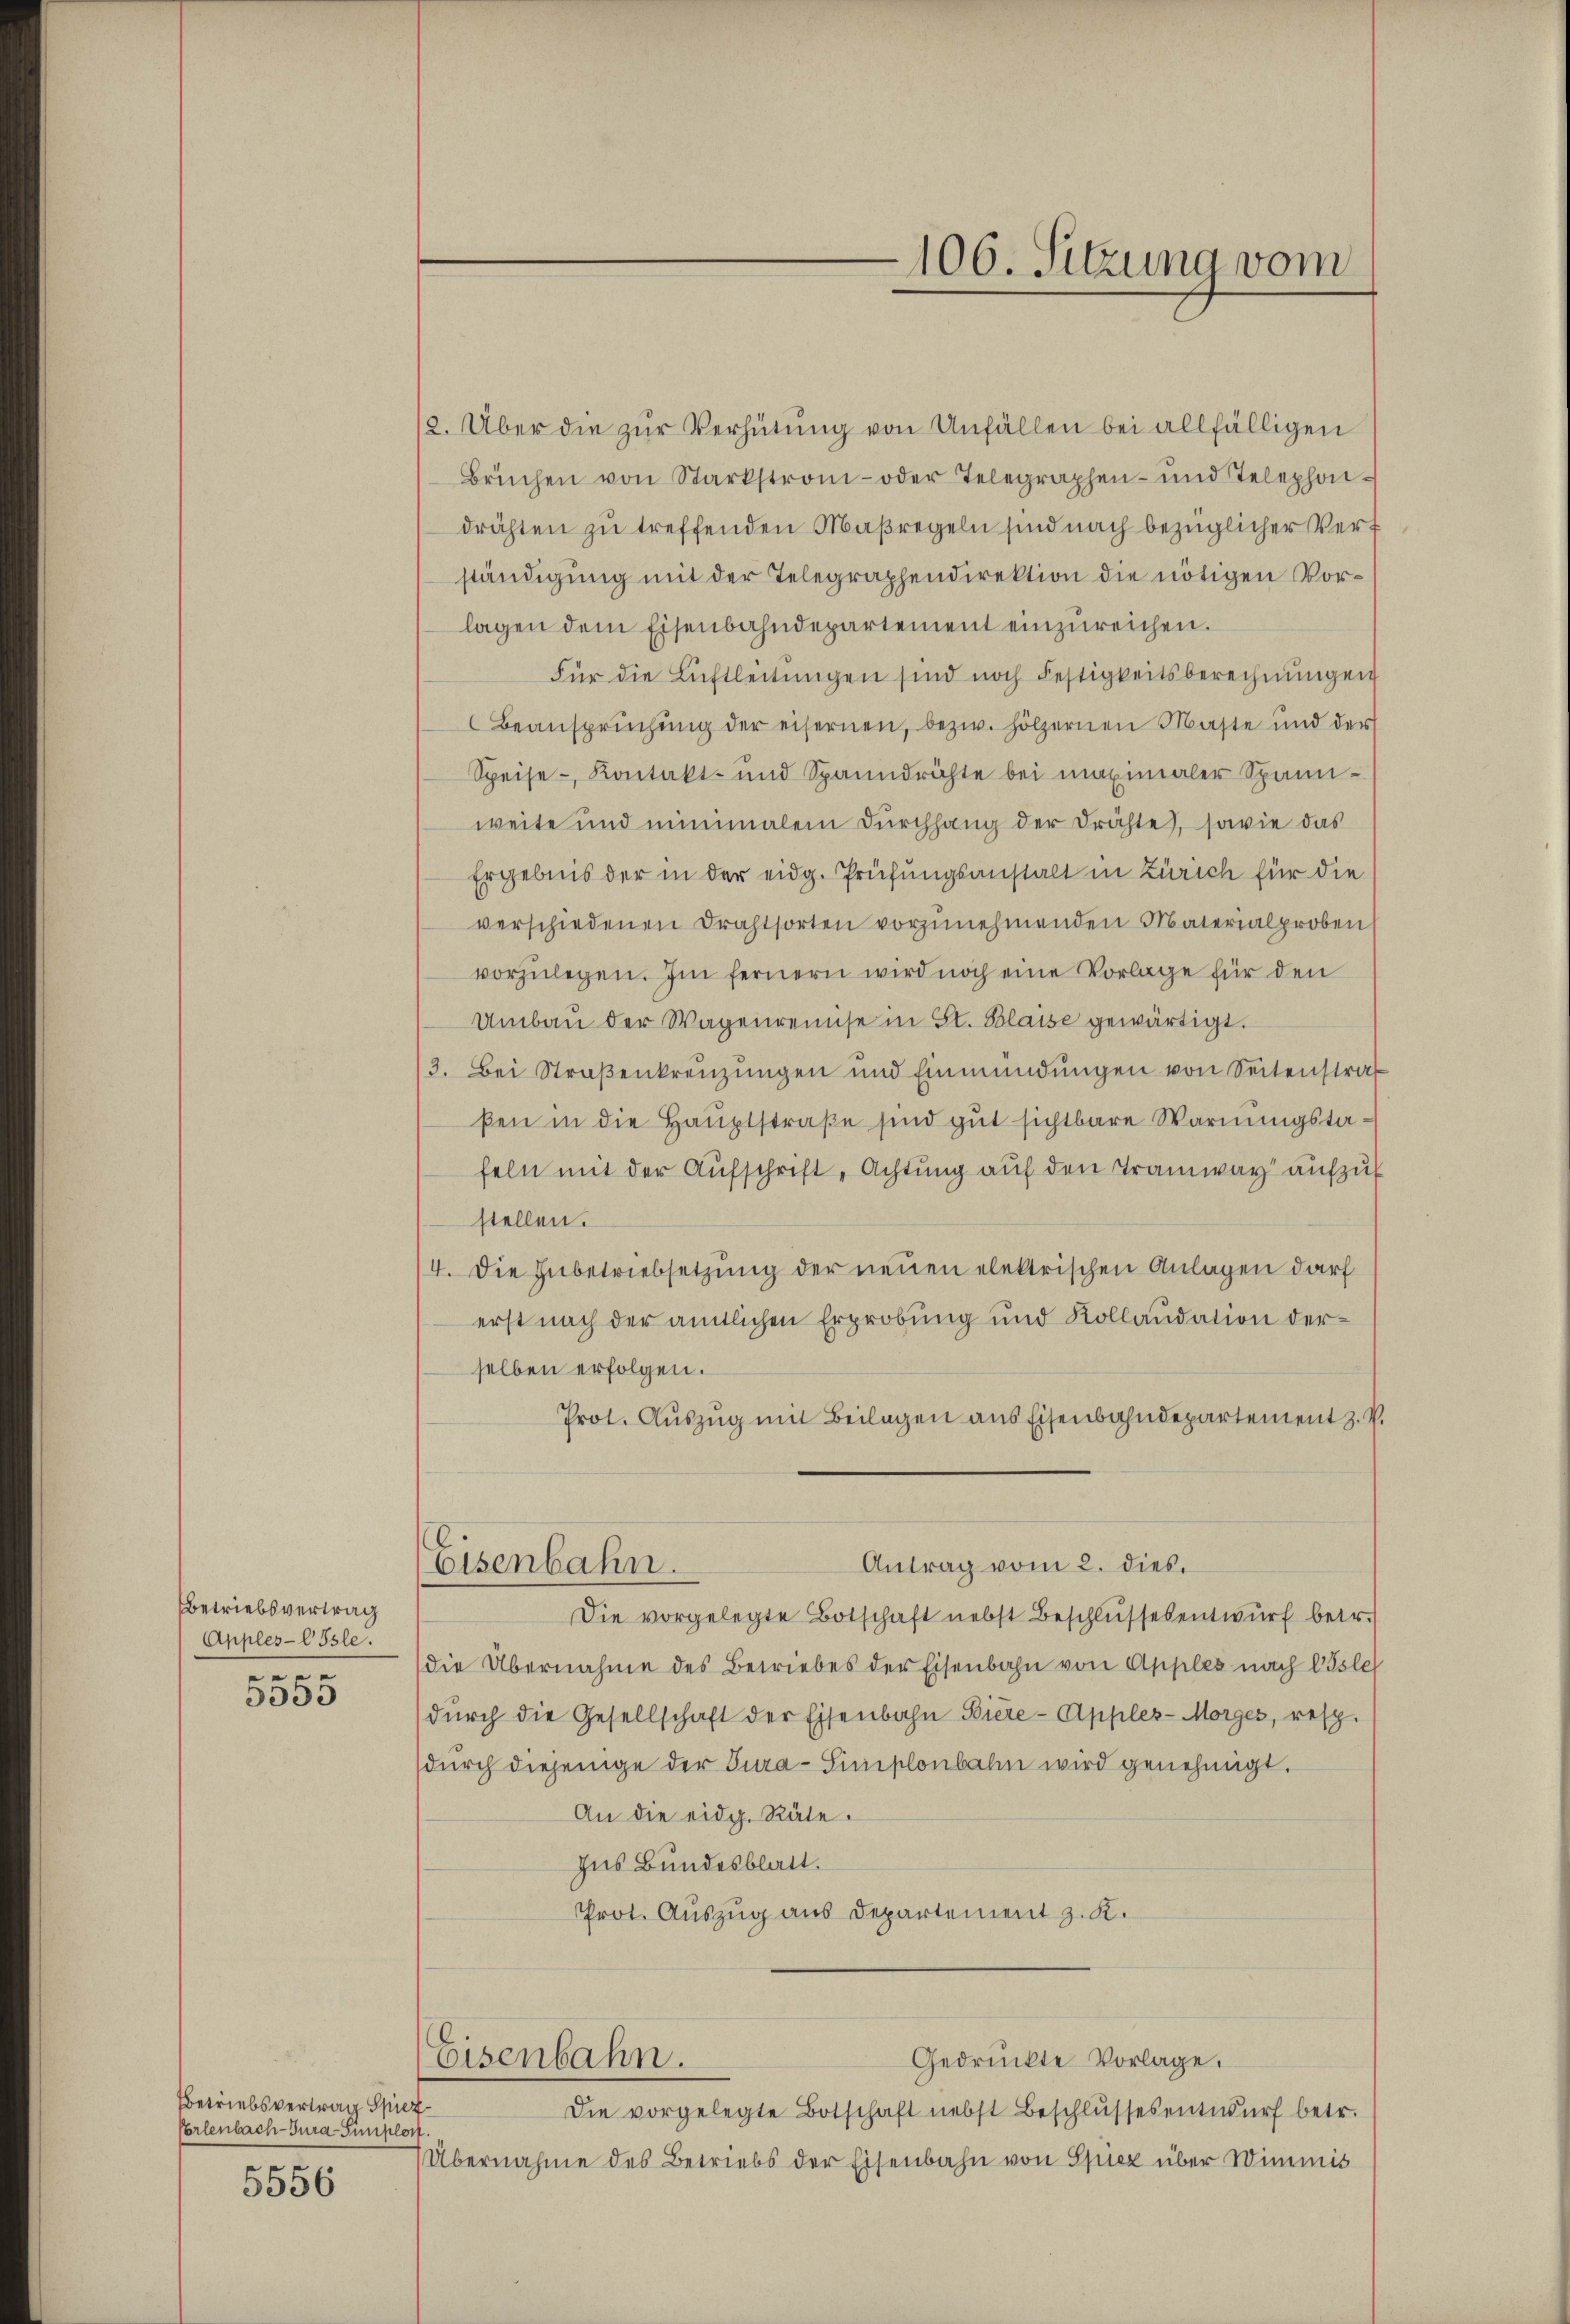
Betriebsvertrag
Apples-EIsle.
de
5350

Betriebsvertrag Spiez
Verlenbach-Gura-Simplon.
5556

/2. Über die zur Verhütung von Unfällen bei allfälligen
Brüchen von Starkstrom- oder Telegraphen- und Telephondrähten zu treffenden Maßregeln sind nach bezüglicher Verständigung mit der Telegraphendirektion die nötigen Vorlagen dem Eisenbahndepartement einzŭreichen.
Für die Luftleitŭngen sind noch Festigkeitsberechnŭngen
Beansprŭchŭng der eisernen, bezw. Hölzernen Masse und der
Speise- Kontakt- und Spanndrichte bei maximaler Spannweite und minimalen Dŭrchhang der drähte, sowie das
Ergebnis der in der eidg. Prüfungsanstalt in Zürich für die
verschiedenen Drahtsorten vorzŭnehmenden Materialproben
vorzŭlegen. Im fernern wird noch eine Vorlage für den
Umbau der Wagenreinse in St. Blaise gewärtigt.
3. Bei Straβenkreuzungen und Einmündŭngen von Seitenstraf
ßen in die Hauptstraße sind gut sichtbare Warnungstafeln mit der Aufschrift, Achtung auf den Tramway aufzuf
stellen.
4. Die Hubetriebsetzung der neuen elektrischen Anlagen darf
erst nach der amtlichen Erprobung und Kollaudation derselben erfolgen.
Prot. Auszug mit Beilagen aus Eisenbahndepartement z. V.
Antrag vom 2. dies.
Eisenbahn.
Die vorgelegte Botschaft nebst Beschlŭssesentwŭrf betr.
die Übernahme des Betriebes der Eisenbahn von Apples nach Isle
dŭrch die Gesellschaft der Eisenbahn Biere-Apples-Morges, resp.
dŭrch diejenige der Tura-Simplonbahn wird genehmigt.
An die eidg. Räte.
Ins Bundesblatt.
Prot. Auszug aus Departement z. K.
Gedrückte Vorlage.
Eisenbahn.
Die vorgelegte Botschaft nebst Beschlŭssesentwŭrf betr.
Übernahme des Betriebs der Eisenbahn von Spiez über Wimmis

106. Sitzung vom